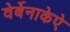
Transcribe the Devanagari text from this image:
वेर्बेनाकेऐ